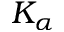
K _ { \alpha }